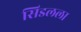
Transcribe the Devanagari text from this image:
सिडलला